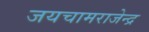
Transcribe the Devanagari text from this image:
जयचामराजेन्द्र